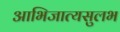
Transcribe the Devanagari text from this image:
आभिजात्यसुलभ